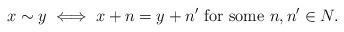
LaTeX: \begin{align*}x \sim y \iff x+n=y+n' \textrm{ for some } n,n' \in N.\end{align*}